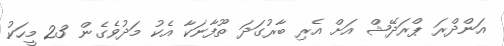
އަންދްރަ ޕްރަދޭޝް އަށް އެރި ބާރުގަދަ ތޫފާނަކާ އެކު މަދުވެގެން 23 މީހަކު